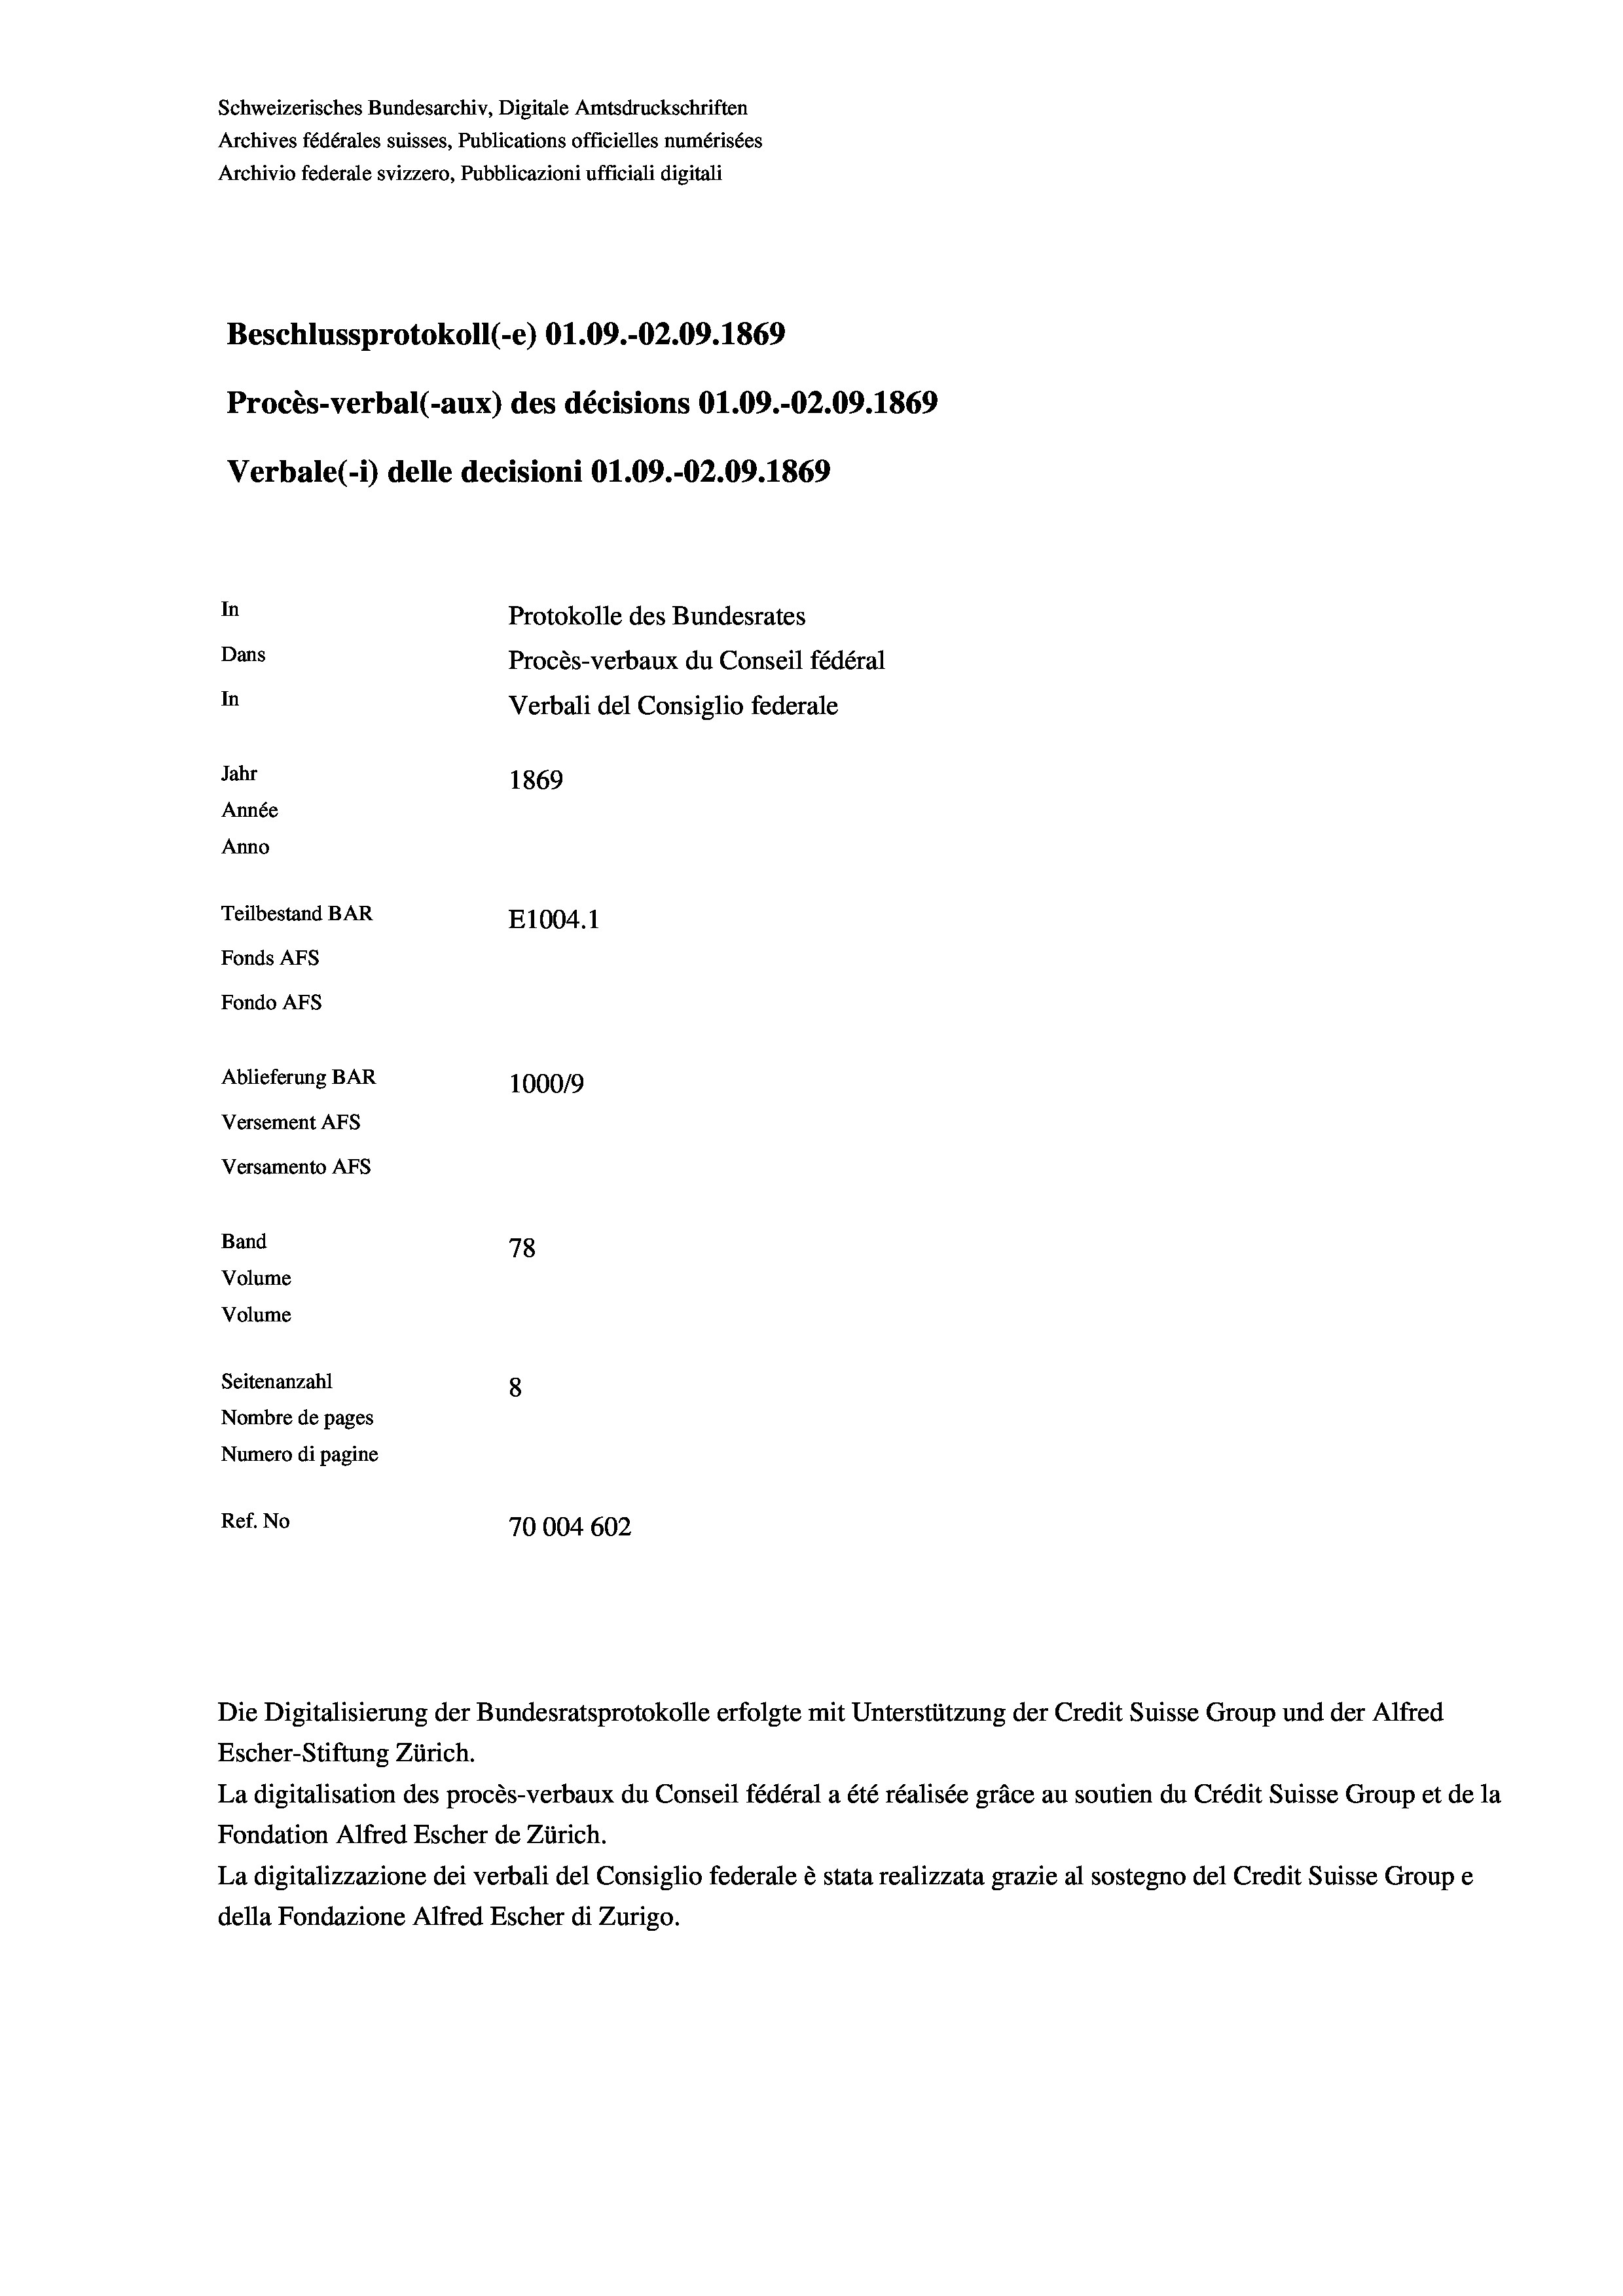
Schweizerisches Bundesarchiv, Digitale Amtsdruckschriften
Archives fédérales suisses, Publications officielles numérisées
Archivio federale svizzero, Pubblicazioni ufficiali digitali

Protokolle des Bundesrates
Dans
Procès-verbaux du Conseil fédéral
In
Verbali del Consiglio federale
Jahr
1869
Année
Anno
Teilbestand BAR
E1004.1
Fonds AFs
Fondo AFs

In

Ablieferung BAR
Versement AFs
Versamento AFs
Band
Volume
Volume
Seitenanzahl

Procès-verbal (-aux) des décisions 01.09.-O2.09. 1869

Beschlussprotokoll (-e) 01.09.-02.09. 1869

Verbale (1) delle decisioni O1.09.-O2.09. 1869

1000/9
78
8
Nombre de pages
Numero di pagine
Ref. No
70004 602

Escher-Stiftung Zürich.
La digitalisation des procès-verbaux du Conseil fédéral a été réalisée gräce au soutien du Crédit Suisse Group et de la
Fondation Alfred Escher de Zürich.
La digitalizzazione dei verbali del Consiglio federale è stata realizzata grazie al sostegno del Credit Suisse Groupe
della Fondazione Alfred Escher di Zurigo.

Die Digitalisierung der Bundesratsprotokolle erfolgte mit Unterstützung der Credit Suisse Group und der Alfred